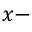
x -